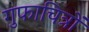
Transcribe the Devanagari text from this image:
गुफाचित्रों